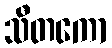
သီတကော